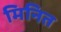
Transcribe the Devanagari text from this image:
मिनित